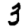
Digit: 3